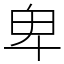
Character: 卑